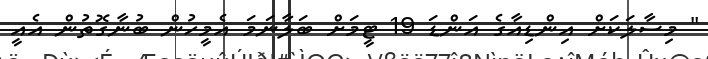
" މިސާލަކަށް އިންޑިއާގެ އަންޑަ 19 ޓީމަށް ބަލާނަމަ އެމީހުން ބުނާގޮތުން އެއީ